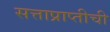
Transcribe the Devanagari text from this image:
सत्ताप्राप्तीची